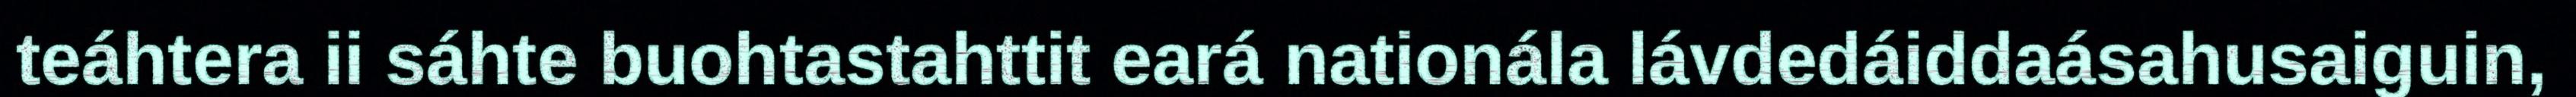
teáhtera ii sáhte buohtastahttit eará nationála lávdedáiddaásahusaiguin,